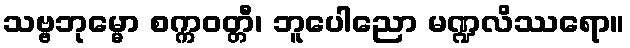
သဗ္ဗဘုမ္မော စက္ကဝတ္တီ၊ ဘူပေါညော မဏ္ဍလိဿရော။